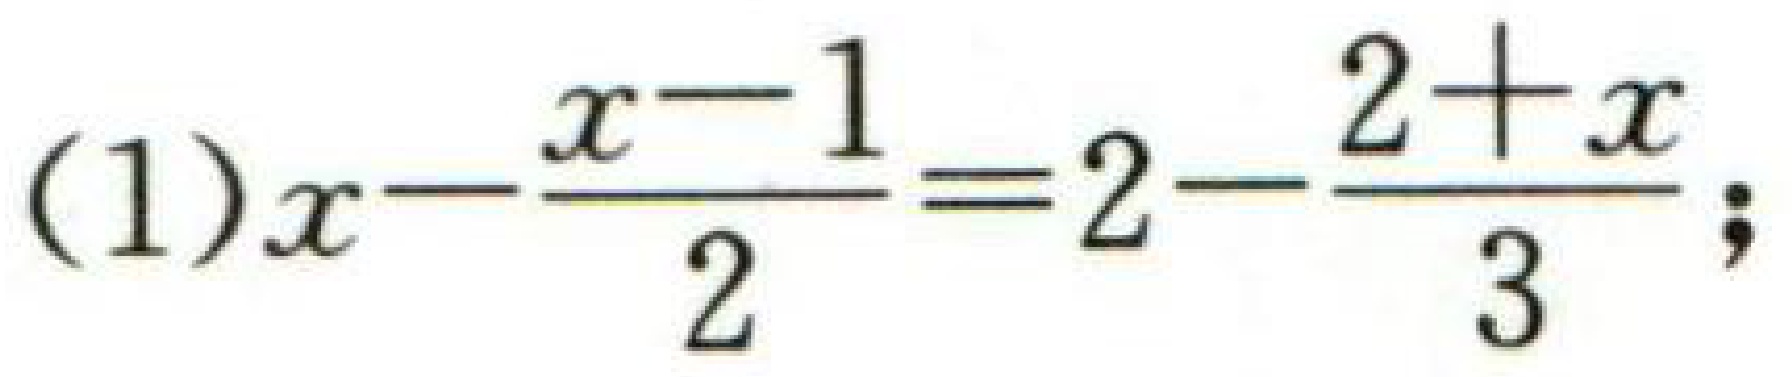
(1) \(x - \frac{x - 1}{2} = 2 - \frac{2 + x}{3}\);